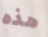
هذه